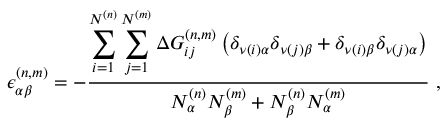
\epsilon _ { \alpha \beta } ^ { ( n , m ) } = - \frac { \displaystyle \sum _ { i = 1 } ^ { N ^ { ( n ) } } \sum _ { j = 1 } ^ { N ^ { ( m ) } } \Delta G _ { i j } ^ { ( n , m ) } \left( \delta _ { \nu ( i ) \alpha } \delta _ { \nu ( j ) \beta } + \delta _ { \nu ( i ) \beta } \delta _ { \nu ( j ) \alpha } \right) } { N _ { \alpha } ^ { ( n ) } N _ { \beta } ^ { ( m ) } + N _ { \beta } ^ { ( n ) } N _ { \alpha } ^ { ( m ) } } ~ ,